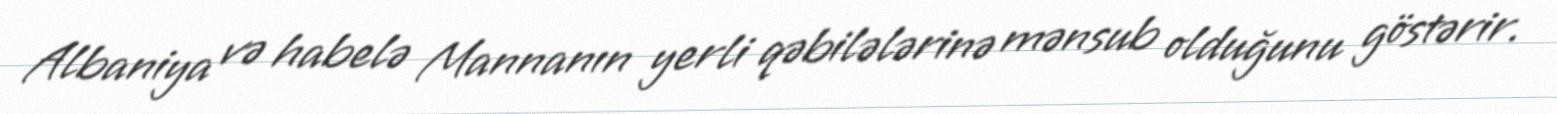
Albaniya və habelə Mannanın yerli qəbilələrinə mənsub olduğunu göstərir.